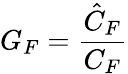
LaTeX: G_{F}=\frac{\hat{C}_{F}}{C_{F}}